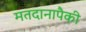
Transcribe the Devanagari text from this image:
मतदानापैकी